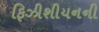
ફિઝીશીયનની